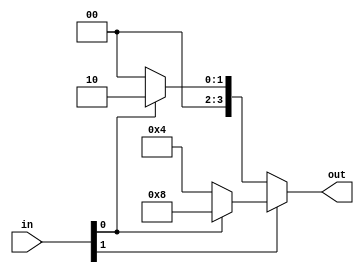
`timescale 1ns / 1ps
////////////////////////////////////////////////////////////////////////////////// 
//////////////////////////////////////////////////////////////////////////////////
module decoder2to4(
input wire [1:0] in,
output wire [3:0] out
    );
/* 		in[1] in[0]
			o			o
			0			1
			1			0
			1			1

*/	
assign out=in[1]?(in[0]?4'b1000:4'b0100):(in[0]?4'b0010:4'b0000);

endmodule